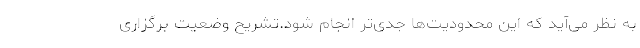
به نظر می‌آید که این محدودیت‌ها جدی‌تر انجام شود.تشریح وضعیت برگزاری